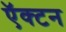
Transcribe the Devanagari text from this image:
ऍक्टन